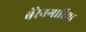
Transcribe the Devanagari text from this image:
बेरेनगारिया